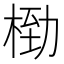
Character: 𬂿